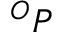
^ O P